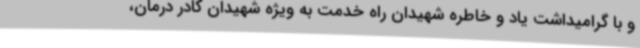
و با گرامیداشت یاد و خاطره شهیدان راه خدمت به ویژه شهیدان کادر درمان،